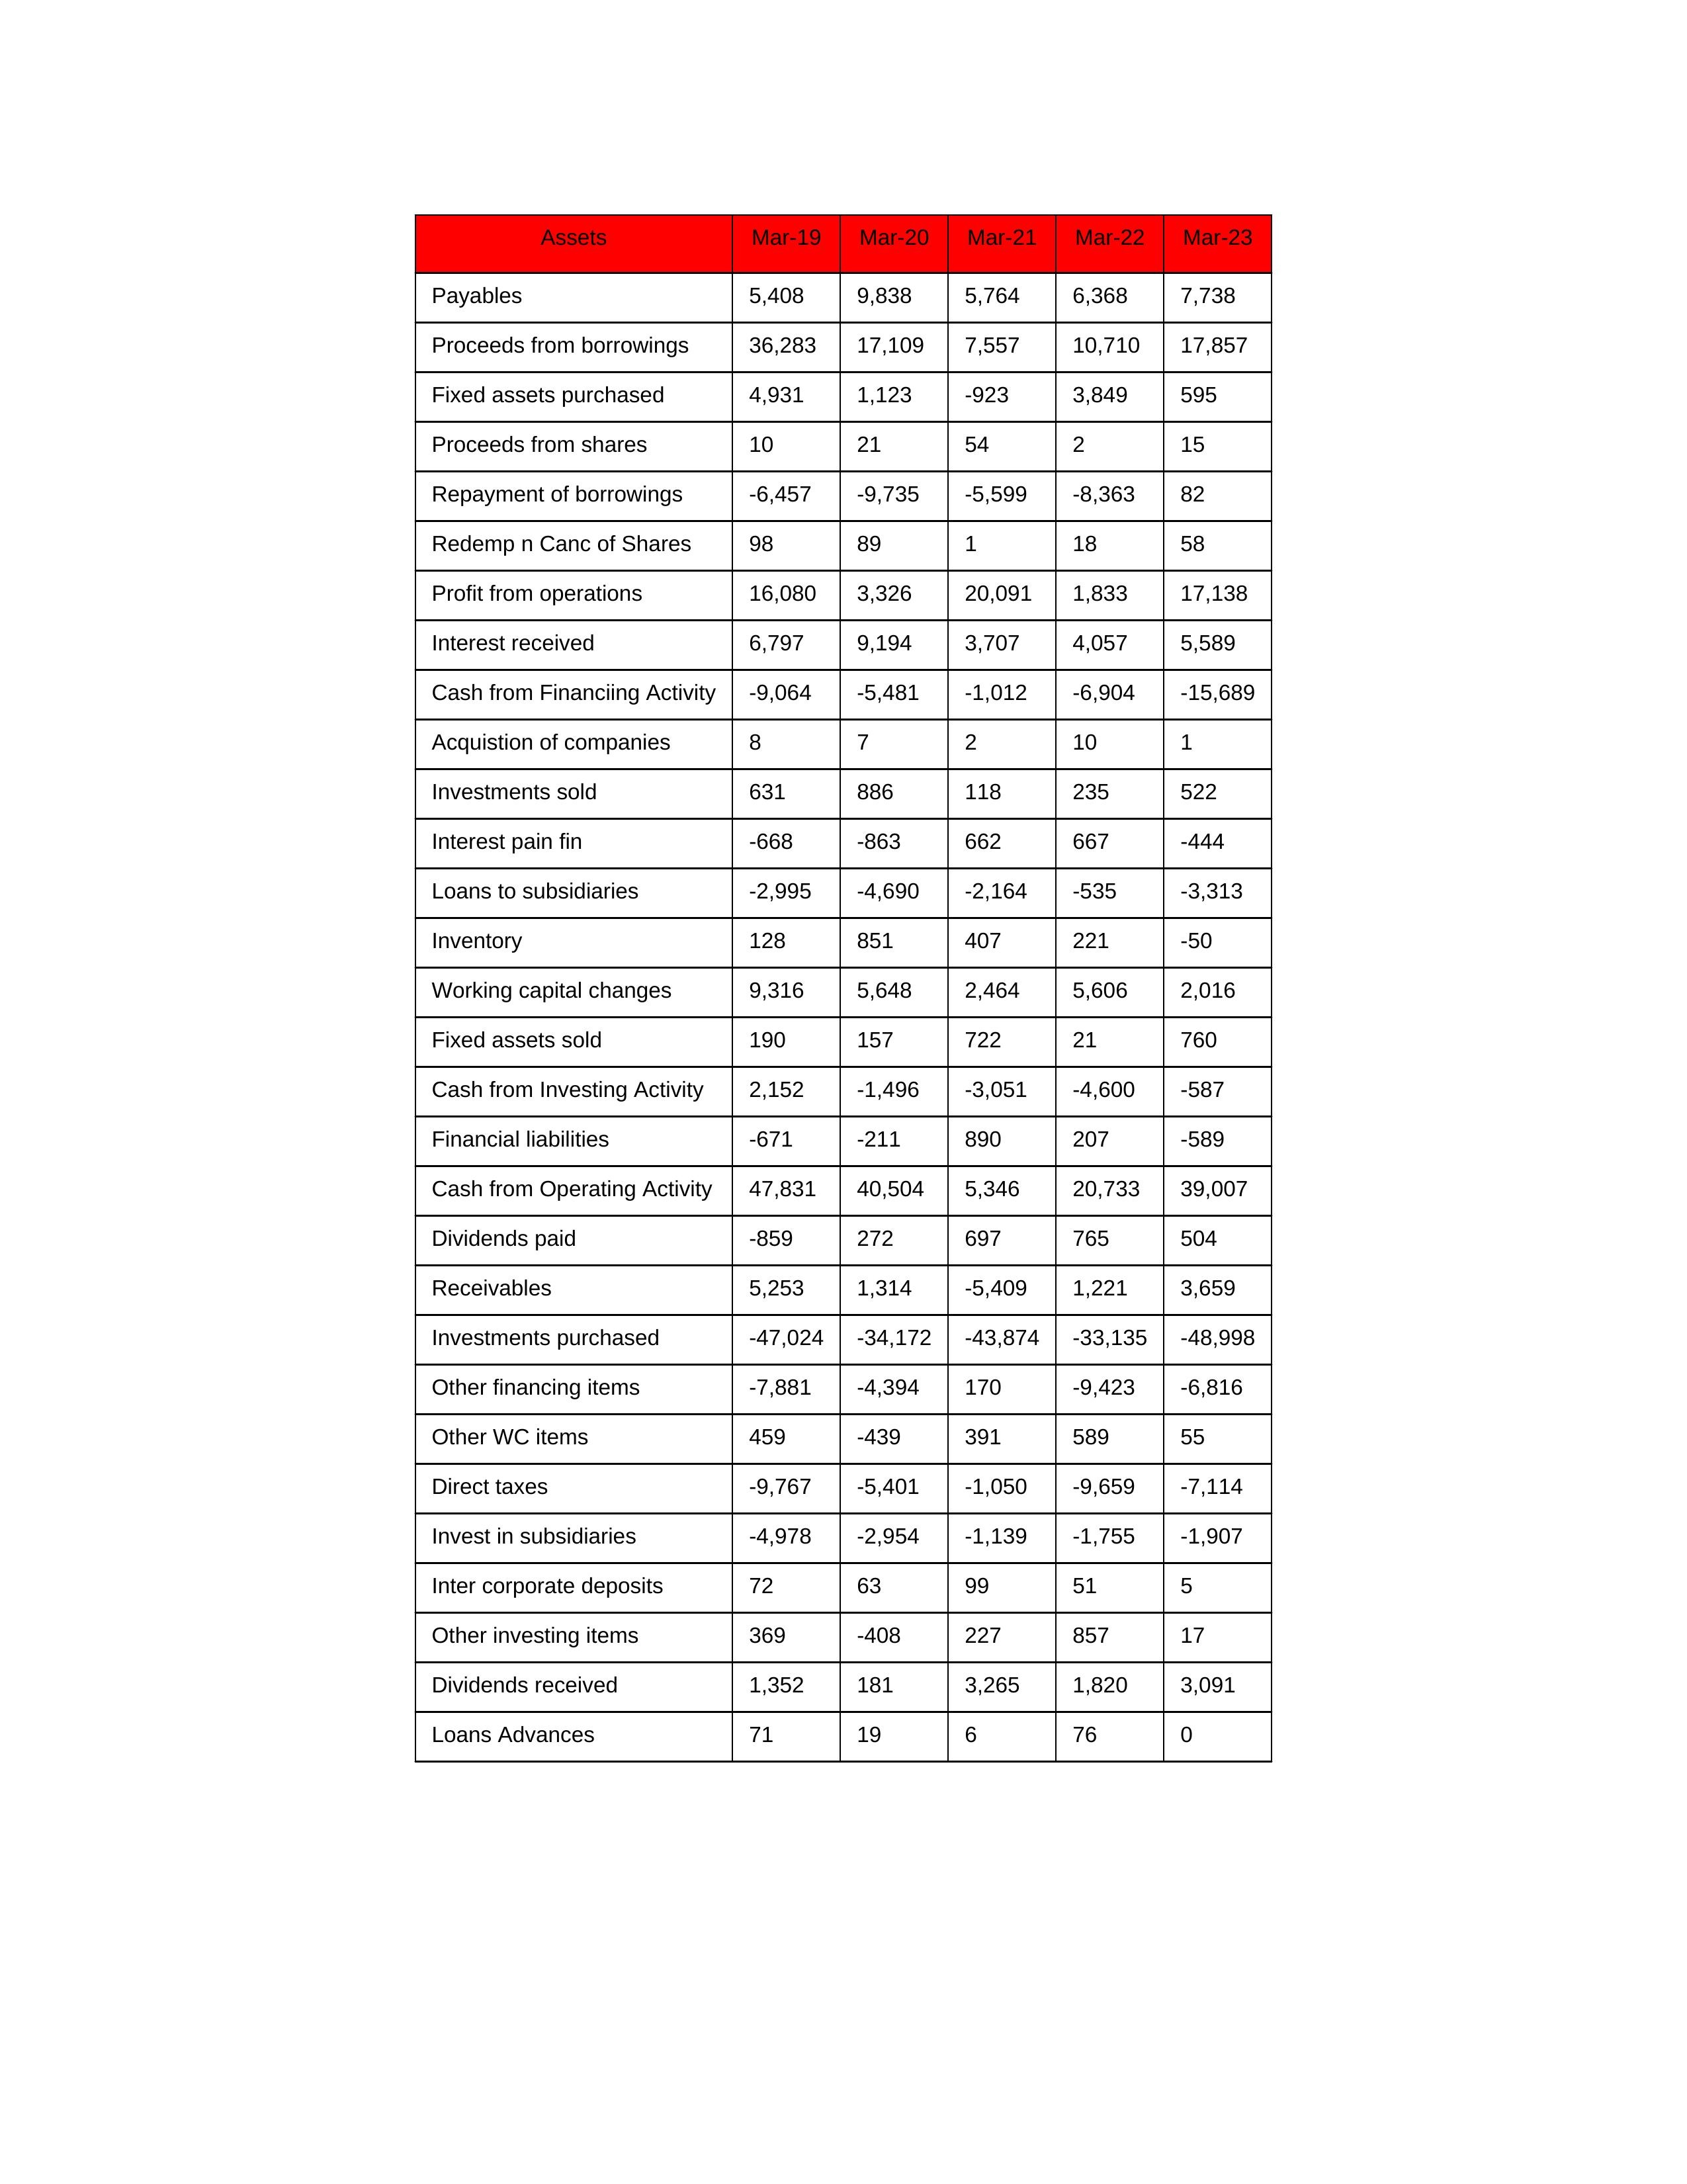
gt_parse: Mar-19: Cash from Operating Activity: 47,831
Profit from operations: 16,080
Receivables: 5,253
Inventory: 128
Payables: 5,408
Loans Advances: 71
Other WC items: 459
Working capital changes: 9,316
Direct taxes: -9,767
Cash from Investing Activity: 2,152
Fixed assets purchased: 4,931
Fixed assets sold: 190
Investments purchased: -47,024
Investments sold: 631
Interest received: 6,797
Dividends received: 1,352
Invest in subsidiaries: -4,978
Loans to subsidiaries: -2,995
Redemp n Canc of Shares: 98
Acquistion of companies: 8
Inter corporate deposits: 72
Other investing items: 369
Cash from Financiing Activity: -9,064
Proceeds from shares: 10
Proceeds from borrowings: 36,283
Repayment of borrowings: -6,457
Interest pain fin: -668
Dividends paid: -859
Financial liabilities: -671
Other financing items: -7,881
Mar-20: Cash from Operating Activity: 40,504
Profit from operations: 3,326
Receivables: 1,314
Inventory: 851
Payables: 9,838
Loans Advances: 19
Other WC items: -439
Working capital changes: 5,648
Direct taxes: -5,401
Cash from Investing Activity: -1,496
Fixed assets purchased: 1,123
Fixed assets sold: 157
Investments purchased: -34,172
Investments sold: 886
Interest received: 9,194
Dividends received: 181
Invest in subsidiaries: -2,954
Loans to subsidiaries: -4,690
Redemp n Canc of Shares: 89
Acquistion of companies: 7
Inter corporate deposits: 63
Other investing items: -408
Cash from Financiing Activity: -5,481
Proceeds from shares: 21
Proceeds from borrowings: 17,109
Repayment of borrowings: -9,735
Interest pain fin: -863
Dividends paid: 272
Financial liabilities: -211
Other financing items: -4,394
Mar-21: Cash from Operating Activity: 5,346
Profit from operations: 20,091
Receivables: -5,409
Inventory: 407
Payables: 5,764
Loans Advances: 6
Other WC items: 391
Working capital changes: 2,464
Direct taxes: -1,050
Cash from Investing Activity: -3,051
Fixed assets purchased: -923
Fixed assets sold: 722
Investments purchased: -43,874
Investments sold: 118
Interest received: 3,707
Dividends received: 3,265
Invest in subsidiaries: -1,139
Loans to subsidiaries: -2,164
Redemp n Canc of Shares: 1
Acquistion of companies: 2
Inter corporate deposits: 99
Other investing items: 227
Cash from Financiing Activity: -1,012
Proceeds from shares: 54
Proceeds from borrowings: 7,557
Repayment of borrowings: -5,599
Interest pain fin: 662
Dividends paid: 697
Financial liabilities: 890
Other financing items: 170
Mar-22: Cash from Operating Activity: 20,733
Profit from operations: 1,833
Receivables: 1,221
Inventory: 221
Payables: 6,368
Loans Advances: 76
Other WC items: 589
Working capital changes: 5,606
Direct taxes: -9,659
Cash from Investing Activity: -4,600
Fixed assets purchased: 3,849
Fixed assets sold: 21
Investments purchased: -33,135
Investments sold: 235
Interest received: 4,057
Dividends received: 1,820
Invest in subsidiaries: -1,755
Loans to subsidiaries: -535
Redemp n Canc of Shares: 18
Acquistion of companies: 10
Inter corporate deposits: 51
Other investing items: 857
Cash from Financiing Activity: -6,904
Proceeds from shares: 2
Proceeds from borrowings: 10,710
Repayment of borrowings: -8,363
Interest pain fin: 667
Dividends paid: 765
Financial liabilities: 207
Other financing items: -9,423
Mar-23: Cash from Operating Activity: 39,007
Profit from operations: 17,138
Receivables: 3,659
Inventory: -50
Payables: 7,738
Loans Advances: 0
Other WC items: 55
Working capital changes: 2,016
Direct taxes: -7,114
Cash from Investing Activity: -587
Fixed assets purchased: 595
Fixed assets sold: 760
Investments purchased: -48,998
Investments sold: 522
Interest received: 5,589
Dividends received: 3,091
Invest in subsidiaries: -1,907
Loans to subsidiaries: -3,313
Redemp n Canc of Shares: 58
Acquistion of companies: 1
Inter corporate deposits: 5
Other investing items: 17
Cash from Financiing Activity: -15,689
Proceeds from shares: 15
Proceeds from borrowings: 17,857
Repayment of borrowings: 82
Interest pain fin: -444
Dividends paid: 504
Financial liabilities: -589
Other financing items: -6,816